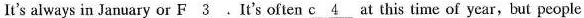
It's always in January or \underline{F3}.It's often \underline{c4} at this time of year,but people